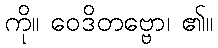
ကို။ ဝေဒိတဗ္ဗော၊ ၏။